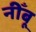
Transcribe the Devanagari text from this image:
नीँबू